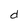
Character: d